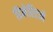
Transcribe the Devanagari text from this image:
डिमेरिटने